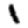
Digit: 1